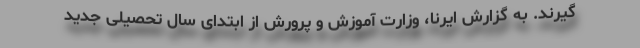
گیرند. به گزارش ایرنا، وزارت آموزش و پرورش از ابتدای سال تحصیلی جدید